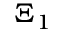
\Xi _ { 1 }